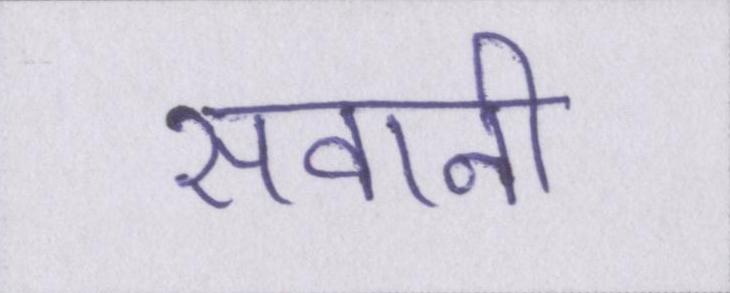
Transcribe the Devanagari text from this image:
सवानी